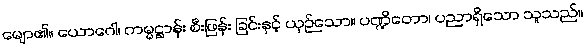
မျော၏။ ယောဂေါ၊ ကမ္မဋ္ဌာန်း စီးဖြန်း ခြင်းနှင့် ယှဉ်သော။ ပဏ္ဍိတော၊ ပညာရှိသော သူသည်။